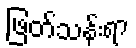
ဖြတ်သန်းရာ